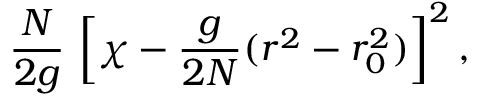
\frac { N } { 2 g } \, \left[ \chi - \frac { g } { 2 N } ( r ^ { 2 } - r _ { 0 } ^ { 2 } ) \right] ^ { 2 } ,